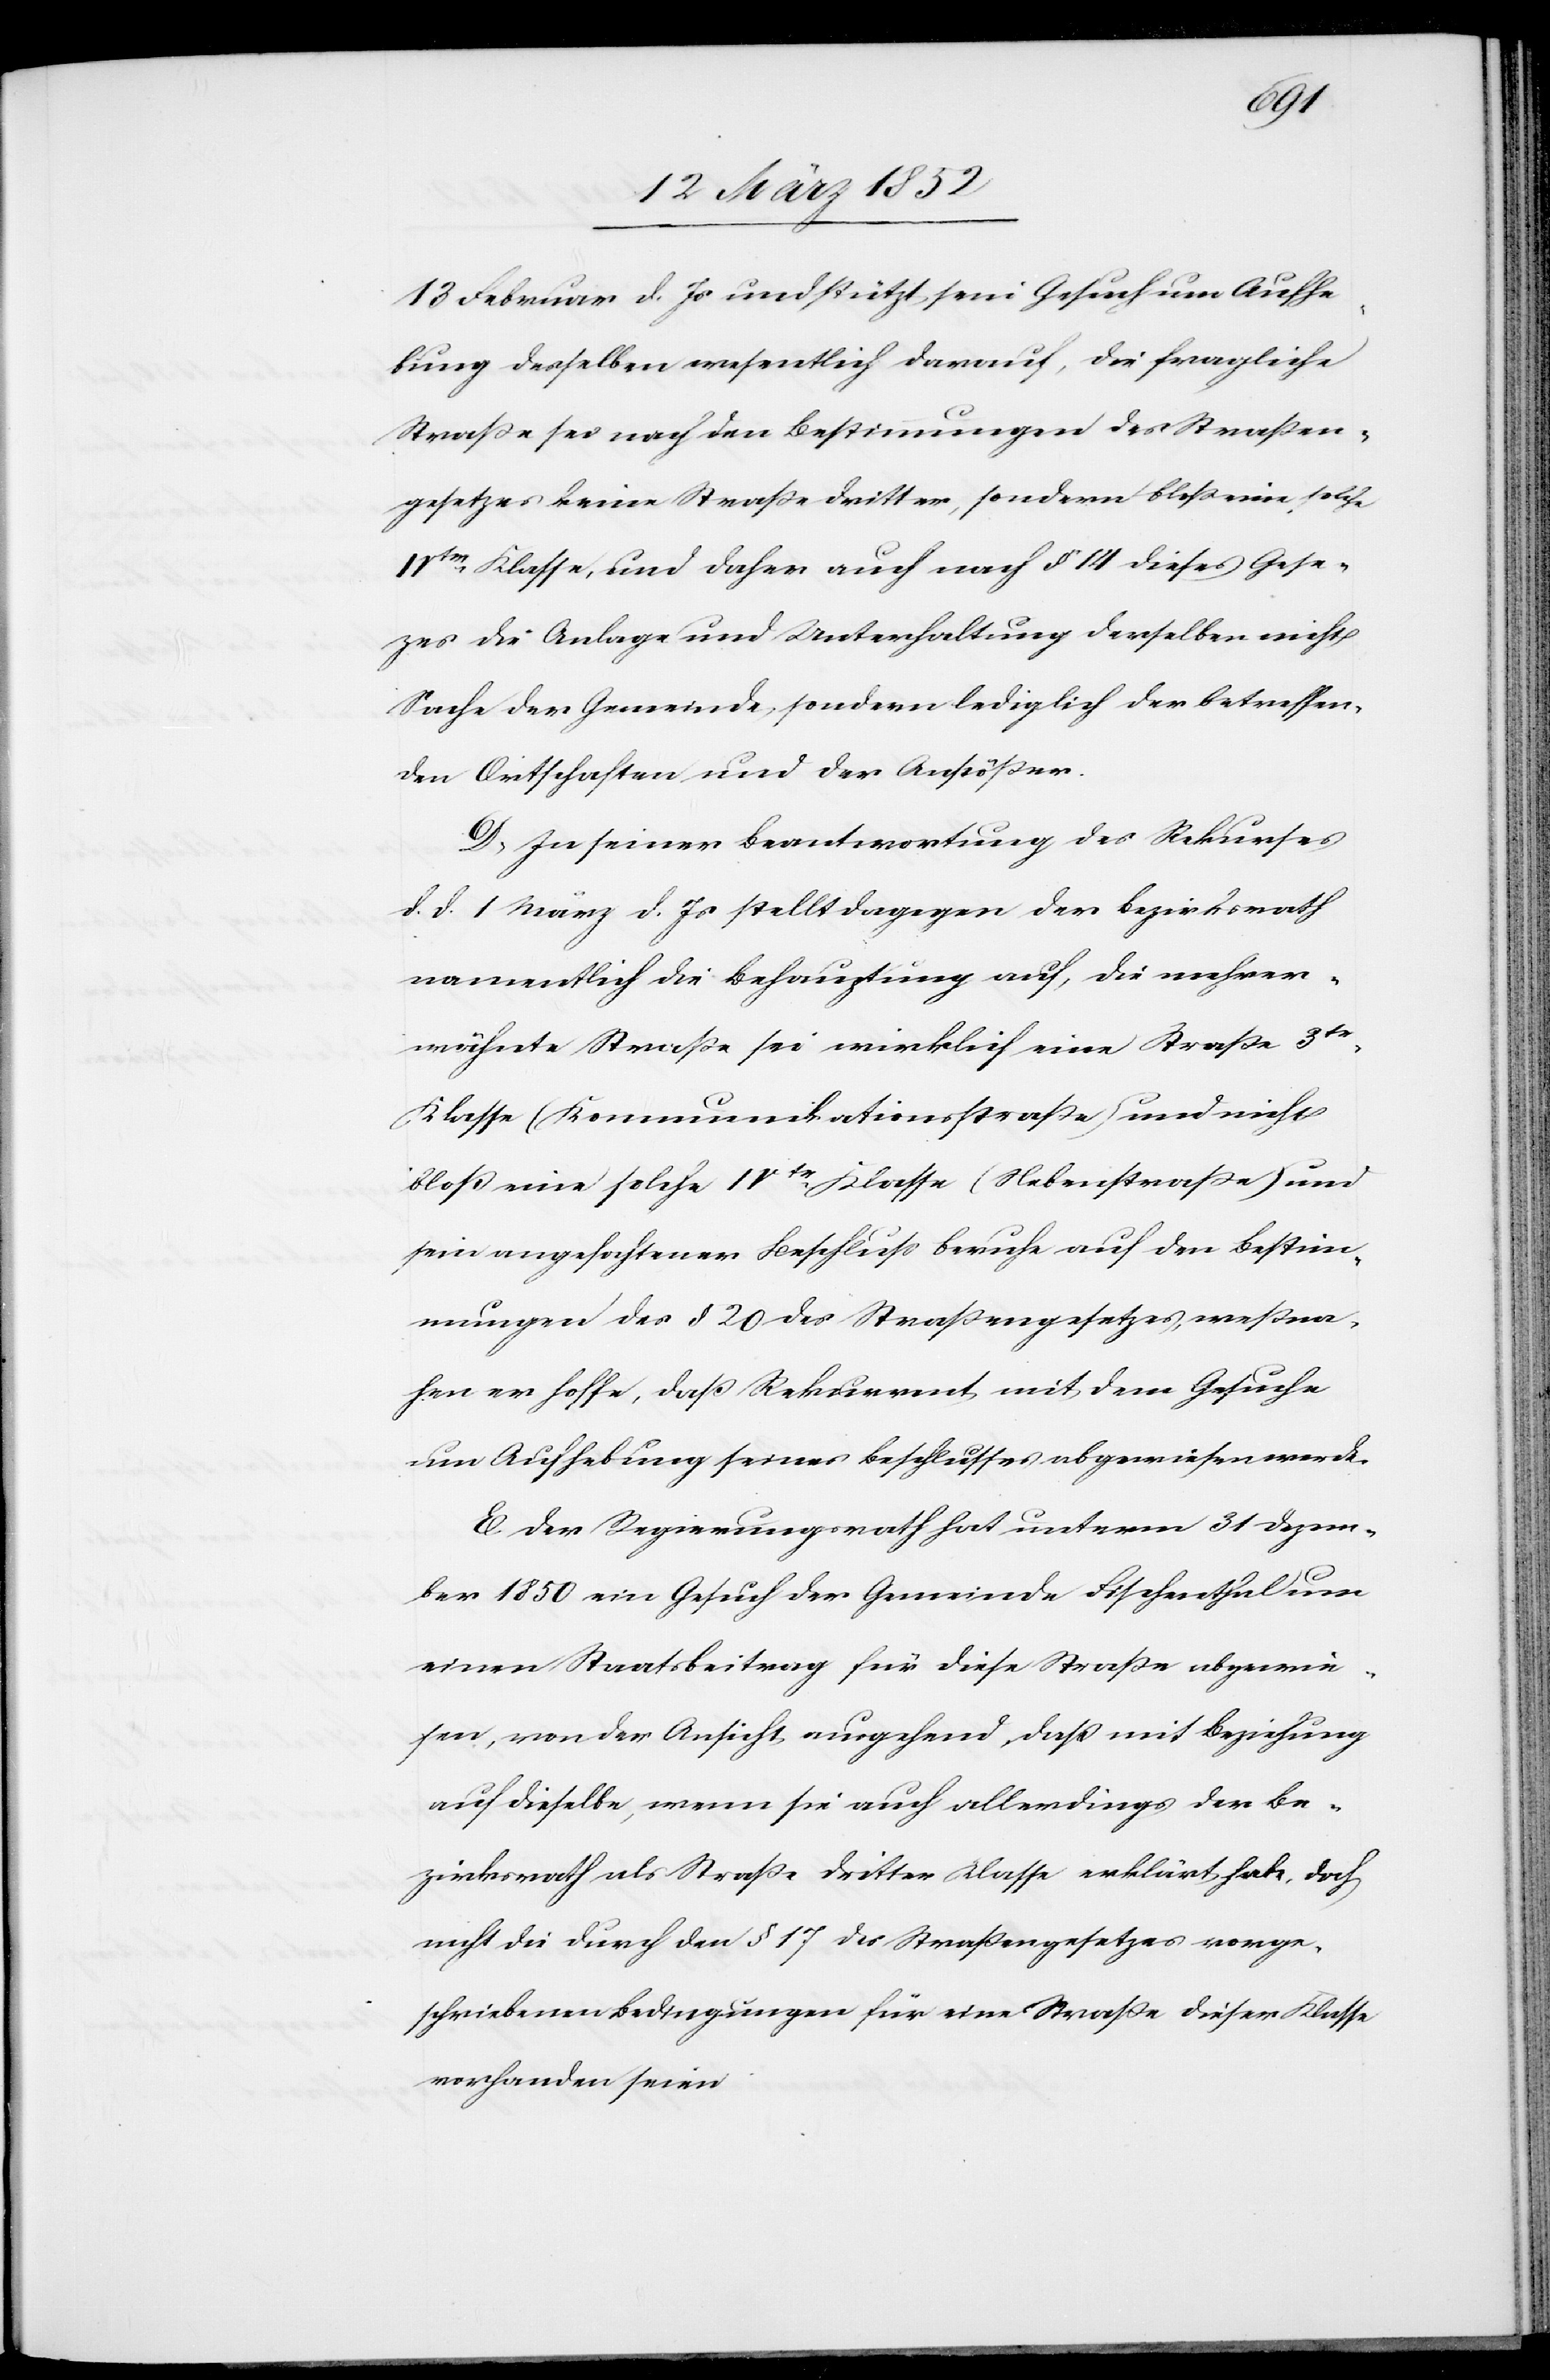
13 Februar d. Js und stützt sein Gesuch um Aufhe¬
bung desselben wesentlich darauf, die fragliche
Straße sei nach den Bestimmungen des Straßen¬
gesetzes keine Straße dritter, sondern bloß eine solche
IVter Klasse, und daher auch nach § 14 dieses Gese¬
zes die Anlage und Unterhaltung derselben nicht
Sache der Gemeinde, sondern lediglich der betreffen¬
den Ortschaften und der Anstößer.
D. In seiner Beantwortung des Rekurses
d. d. 1 März d. Js stellt dagegen der Bezirksrath
namentlich die Behauptung auf, die mehrer¬
wähnte Straße sei wirklich eine Straße 3te
Klasse (Kommunikationsstraße) und nicht
bloß eine solche IVter Klasse (Nebenstraße) und
sein angefochtener Beschluß beruhe auf den Bestim¬
mungen des § 20 des Straßengesetzes, weßna¬
hen er hoffe, daß Rekurrent mit dem Gesuche
um Aufhebung seines Beschlusses abgewiesen werde.
E. Der Regierungsrath hat unterm 31 Dezem¬
ber 1850 ein Gesuch der Gemeinde Fischenthal um
einen Staatsbeitrag für diese Straße abgewie¬
sen, von der Ansicht ausgehend, daß mit Beziehung
auf dieselbe, wenn sie auch allerdings der Be¬
zirksrath als Straße dritter Klasse erklärt habe, doch
nicht die durch den § 17 des Straßengesetzes vorge¬
schriebenen Bedingungen für eine Straße dieser Klasse
vorhanden seien.